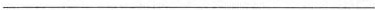
___